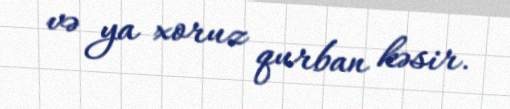
və ya xoruz qurban kəsir.